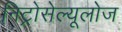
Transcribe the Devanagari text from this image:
निट्रोसेल्यूलोज